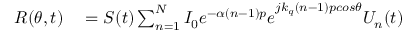
\begin{array} { r l } { R ( \theta , t ) } & { { } = S ( t ) \sum _ { n = 1 } ^ { N } { I _ { 0 } e ^ { - \alpha ( n - 1 ) p } e } ^ { j k _ { q } ( n - 1 ) p c o s \theta } U _ { n } ( t ) } \end{array}